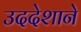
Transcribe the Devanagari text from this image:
उददेशाने